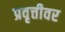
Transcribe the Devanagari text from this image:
प्रवृत्तीवर